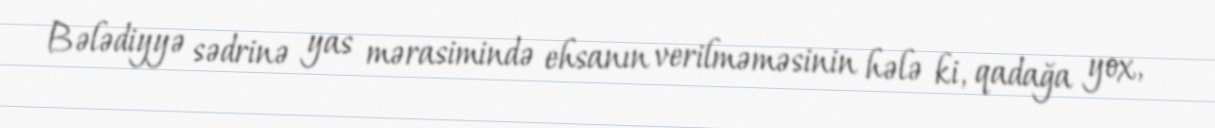
Bələdiyyə sədrinə yas mərasimində ehsanın verilməməsinin hələ ki, qadağa yox,